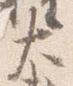
大